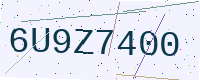
Text: 6U9Z7400